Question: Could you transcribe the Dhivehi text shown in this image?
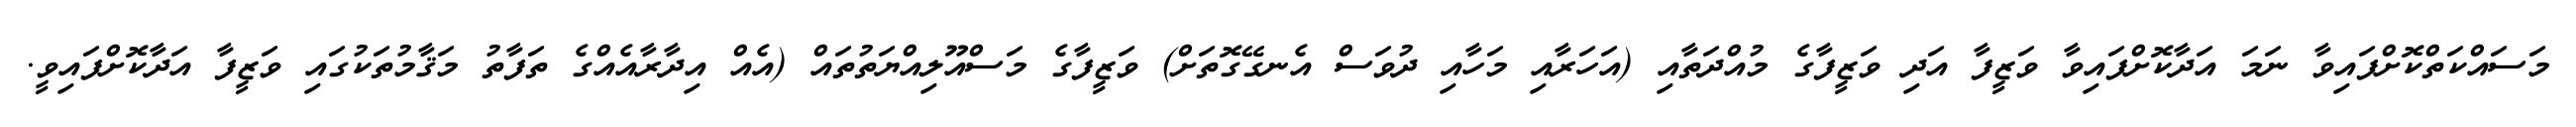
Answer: މަސައްކަތްކޮށްފައިވާ ނަމަ އަދާކޮށްފައިވާ ވަޒީފާ އަދި ވަޒީފާގެ މުއްދަތާއި (އަހަރާއި މަހާއި ދުވަސް އެނގޭގޮތަށް) ވަޒީފާގެ މަސްއޫލިއްޔަތުތައް (އެއް އިދާރާއެއްގެ ތަފާތު މަޤާމުތަކުގައި ވަޒީފާ އަދާކޮށްފައިވީ.